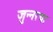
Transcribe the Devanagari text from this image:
जुन्नरचा